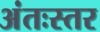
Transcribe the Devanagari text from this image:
अंतःस्तर